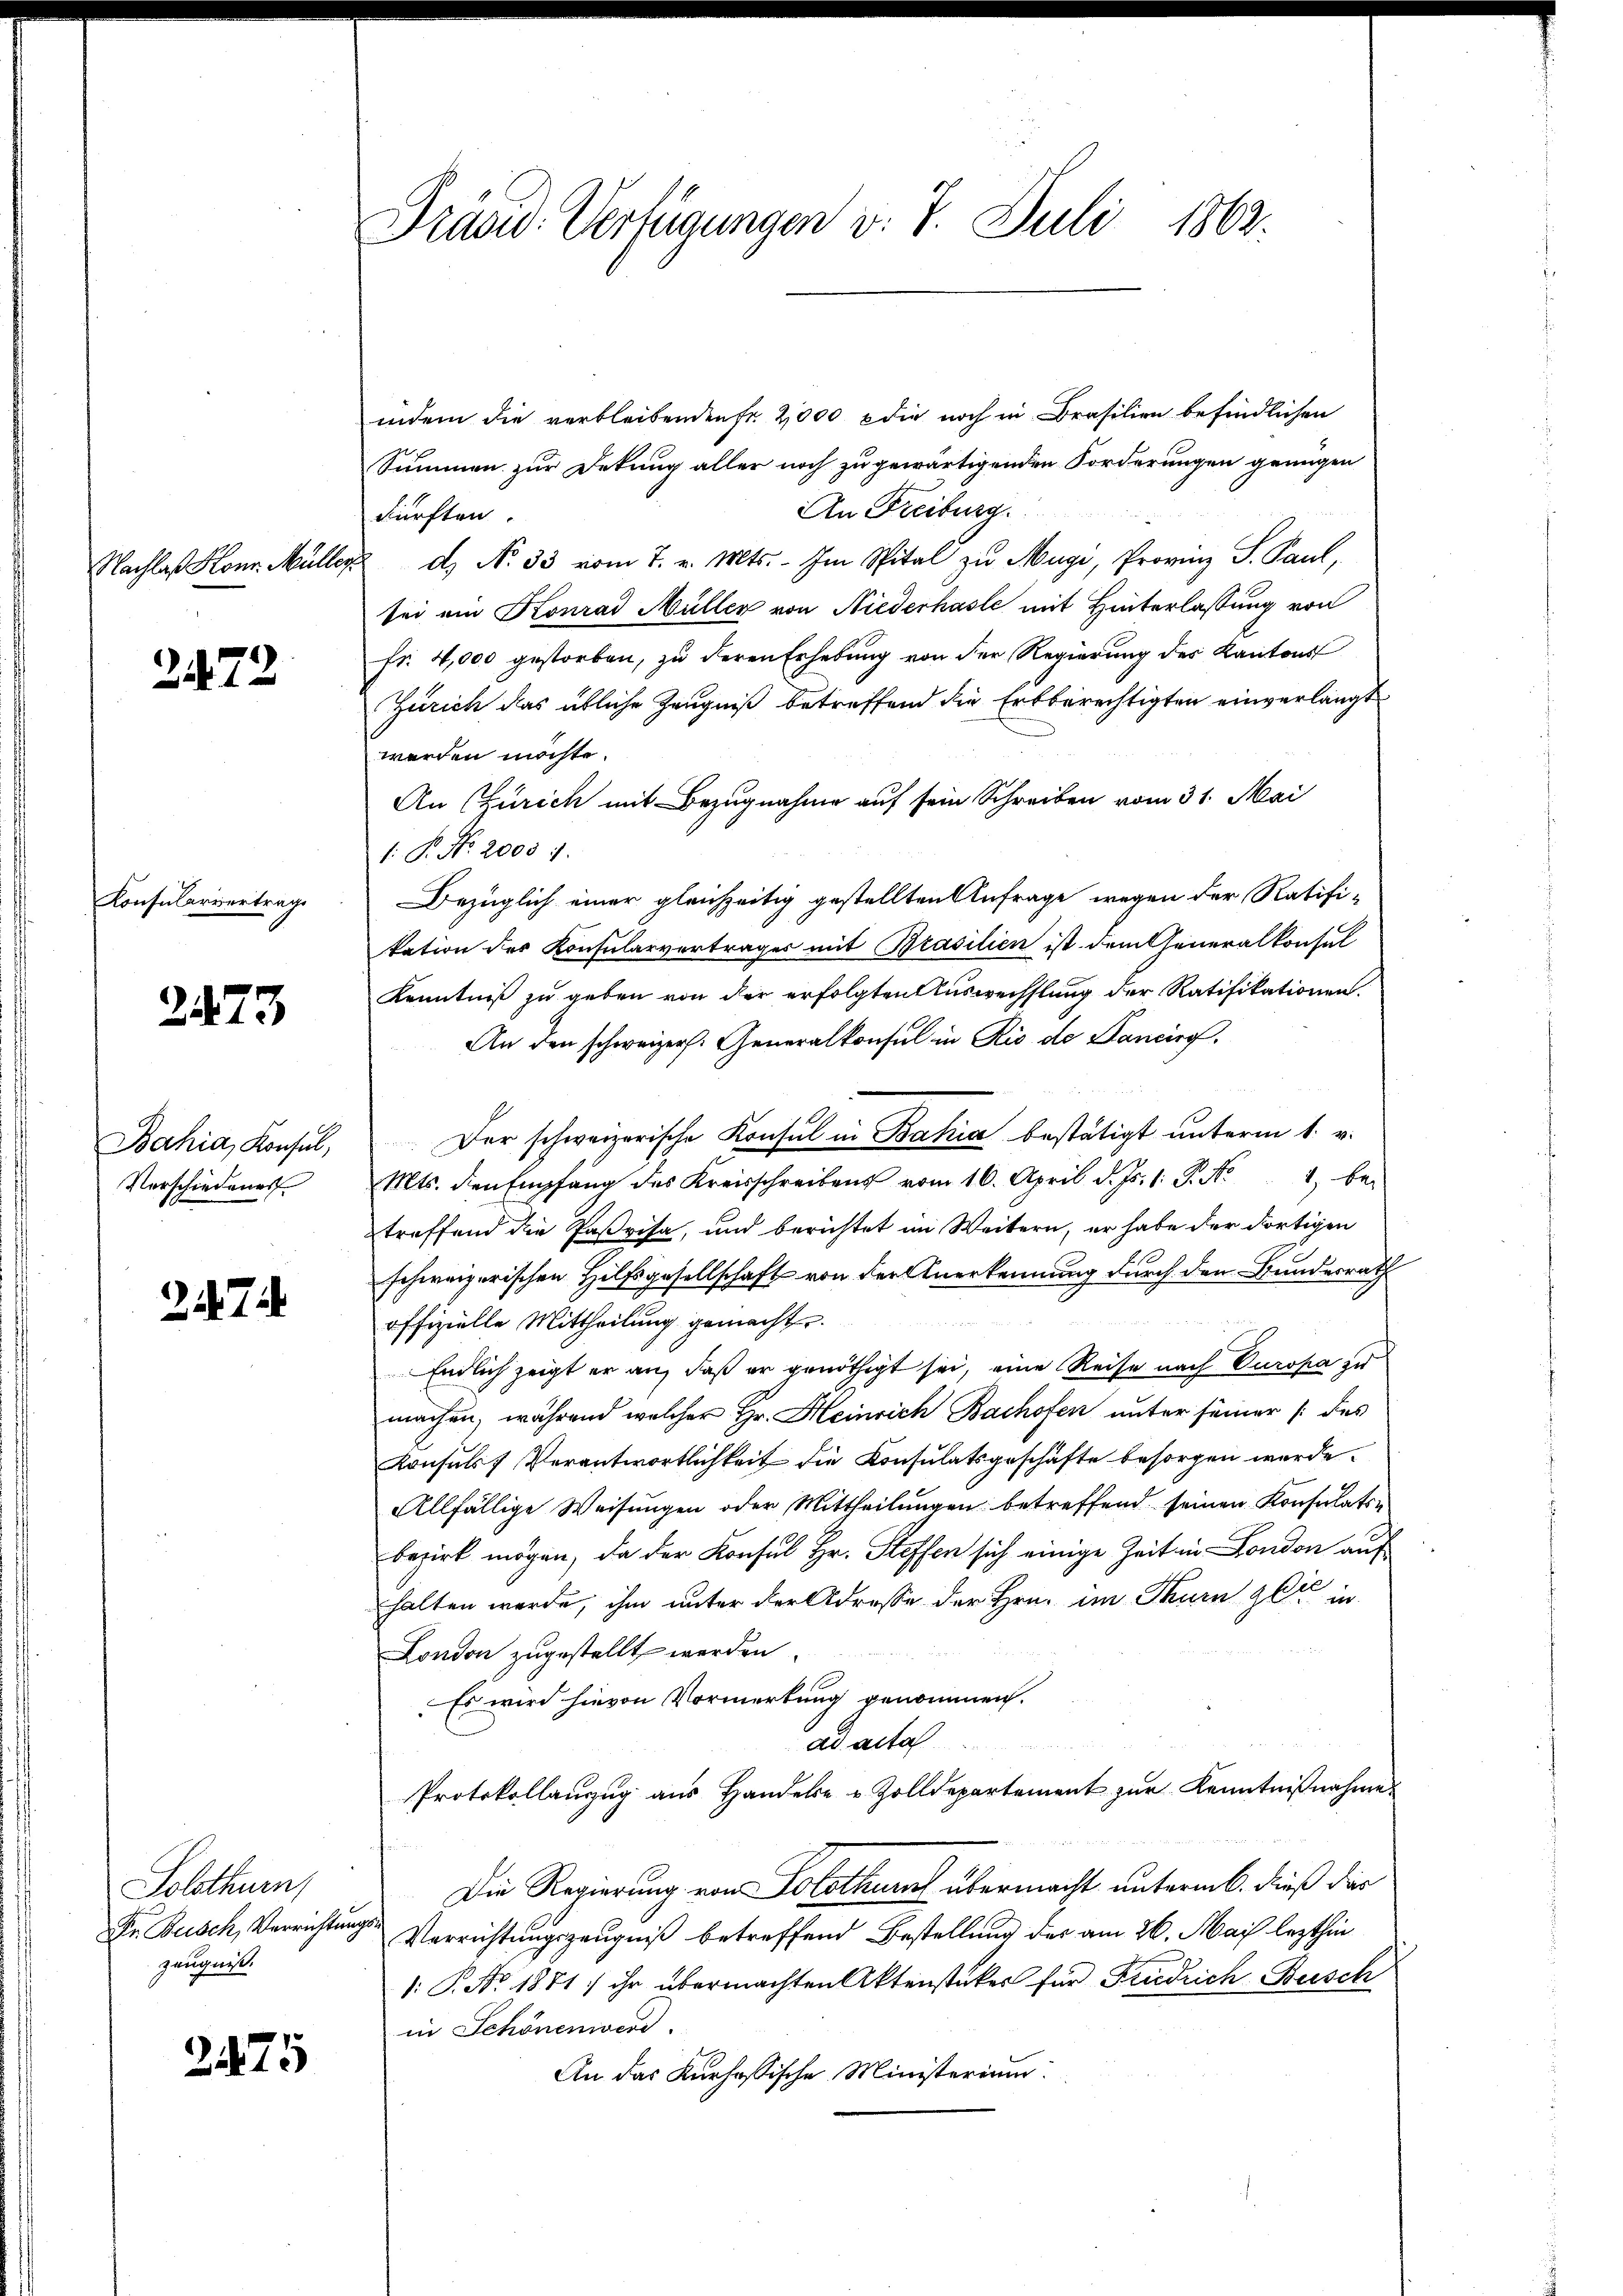
Nachlaß Konr. Müller.

2472

Konsularisertrage

2473

Bahia, Konsul,
Verschiedenes

274

Solothurn,
Dr. Busch, Verrichtung
zeugniß.

2475

Präsid. Verfügungen v. 7. Juli 1862.

indem die verbleibenden Fr. 2000 die noch in Brasilien befindlichen
Summen zur Dekung aller noch zu gewärtigenden Forderungen genügen
An Freiburg.
kürften.
d. N. 33 vom 7. v. Mts. - Im Spital zu Müge, Provinz S. Paul,
sei am Konrad Müller von Niederhasle mit Hinterlassung von
fr. 4,000 gestorben, zu deren Erhebung von der Regierung des Kantons
Zürich das übliche Zeugniß betreffend die Erbberechtigten einverlangt
werden möchte.
An Zürich mit Bezugnahme auf sein Schreiben vom 31. Mai
1: P. Nr. 2000 :
Bezüglich einer gleichzeitig gestellten Anfrage wegen der Ratifi-
tation des Konsularvertrages mit Brasilien ist dem Generalkonsul
Kenntniß zu geben von der erfolgten Auswechslung der Ratifikationen.
An den schweizers. Generalkonsul in Rio de Bancirg.
Der schweizerische Konsul in Bahia bestätigt ŭnterm 1. v.
Mts. den Empfang des Kreisschreibens vom 16. April d. Js. 1. P. N. 1, betreffend die Paßvisa, und berichtet im Weitern, er habe der dortigen
schweizerischen Hilfsgesellschaft von der Anerkennung durch den Bundesrath
offizielle Mittheilung gemacht.
Endlich zeigt er an, daß er genöthigt sei, eine Reise nach Europa zu
machen, während welcher Hr. Heinrich Bachofen unter seiner /: des
Konsuls Verantwortlichkeit die Konsulatsgeschäfte besorgen werde.
Allfällige Weisungen oder Mittheilungen betreffend seinen Konsulatsbezirk mögen, da der Konsul Hr. Steffen sich einige Zeit ein London auf
1
halten wurde, ihm unter der Adresse der Hrn. im Thurn gut in
London zugestellt werden.
Es wird hievon Vormerkung genommen.
ad acta
Protokollanzug aus Handele u Zolldepartement zur Kenntnißnahme
Die Regierung von Solothur übermacht unterm 6. dieß das
Verrichtungszeugniß betreffend Bestellung des am 26. Mai lezthin
1: P. Nr. 1881 ihr übermachten Aktenstückes für Friedrich Besch
in Schönenwerd.
An das Kurhössische Ministerium